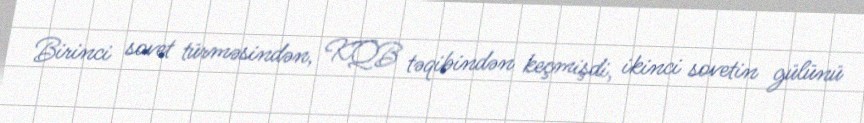
Birinci sovet türməsindən, KQB təqibindən keçmişdi, ikinci sovetin gülünü